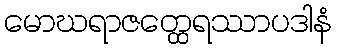
မောဃရာဇတ္ထေရဿာပဒါနံ